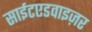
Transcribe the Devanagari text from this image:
साईटएडवाइज़र